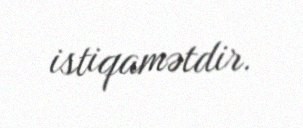
istiqamətdir.